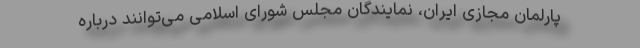
پارلمان مجازی ایران، نمایندگان مجلس شورای اسلامی می‌توانند درباره